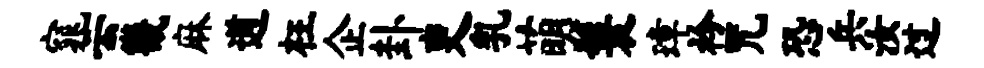
窕云畿麻遒枉企卦吏乳萌鬟璋衿咒恐兵汝过